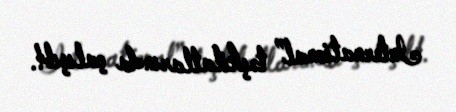
International” təşkilatlarında çalışıb!.